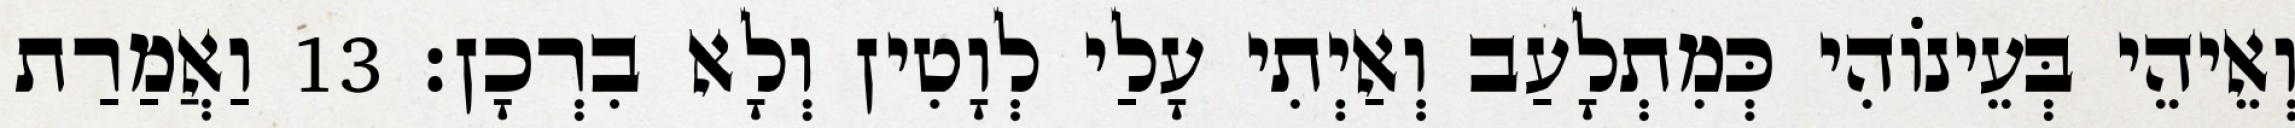
וְאֵיהֵי בְּעֵינוֹהִי כְּמִתְלָעַב וְאַיְתִי עָלַי לְוָטִין וְלָא בִרְכָן׃ 13 וַאֲמַרַת